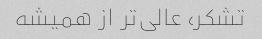
تشکر، عالی‌تر از همیشه